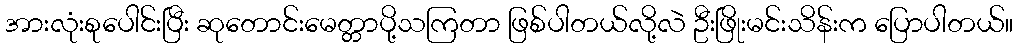
အားလုံးစုပေါင်းပြီး ဆုတောင်းမေတ္တာပို့သကြတာ ဖြစ်ပါတယ်လို့လဲ ဦးဖြိုးမင်းသိန်းက ပြောပါတယ်။